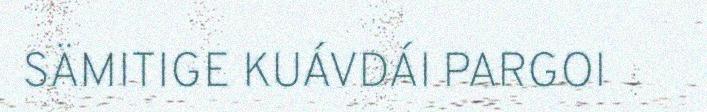
SÄMITIGE KUÁVDÁI PARGOI